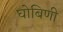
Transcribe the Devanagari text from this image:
घोबिणी